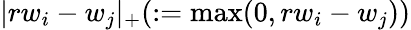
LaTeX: |rw_{i}-w_{j}|_{+}(:=\operatorname*{max}(0,rw_{i}-w_{j}))